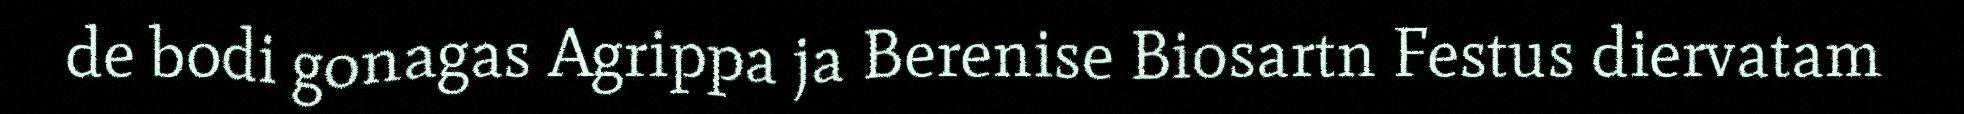
de bodi gonagas Agrippa ja Berenise Biosartn Festus diervatam